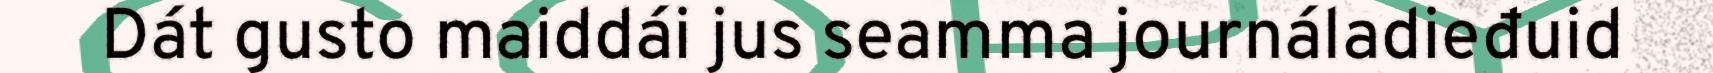
Dát gusto maiddái jus seamma journáladieđuid